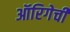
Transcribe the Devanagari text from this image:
ऑरिगेची